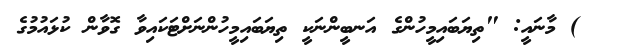
) މާނައީ: "ތިޔަބައިމީހުންގެ އަނބީންނަކީ ތިޔަބައިމީހުންނަށްޓަކައިވާ ގޮވާން ކުޅައުމުގެ